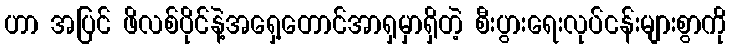
ဟာ အပြင် ဖိလစ်ပိုင်နဲ့အရှေ့တောင်အာရှမှာရှိတဲ့ စီးပွားရေးလုပ်ငန်းများစွာကို